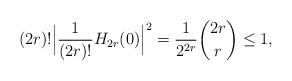
LaTeX: \begin{align*} (2r)!\Bigl|\frac{1}{(2r)!}H_{2r}(0)\Bigr|^2=\frac{1}{2^{2r}}\binom{2r}{r}\leq 1, \end{align*}